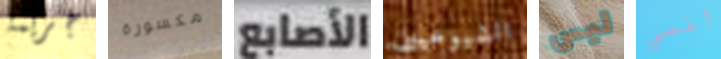
جريمة مكسورة الأصابع الشيوعيين ليس أغمي